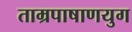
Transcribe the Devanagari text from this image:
ताम्रपाषाणयुग